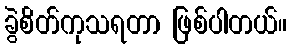
ခွဲစိတ်ကုသရတာ ဖြစ်ပါတယ်။